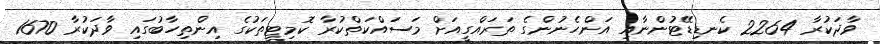
ވާދަކުރާ 2264 ކެނޑިޑޭޓުންނާއި އަންހެނުންގެ ތަރައްގީއަށް މަސައްކަތްކުރާ ކޮމިޓީތަކުގެ އިންތިހާބުގައި ވާދަކުރާ 1670